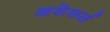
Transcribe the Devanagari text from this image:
असेसर्स